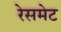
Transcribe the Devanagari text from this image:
रेसमेट